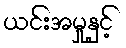
ယင်းအမှုနှင့်